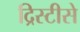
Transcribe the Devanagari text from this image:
द्रिस्टीसे